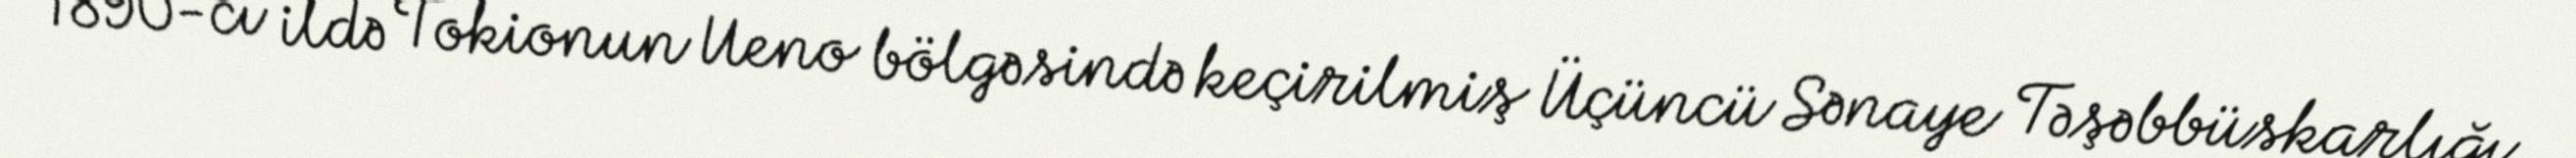
1890-cı ildə Tokionun Ueno bölgəsində keçirilmiş Üçüncü Sənaye Təşəbbüskarlığı